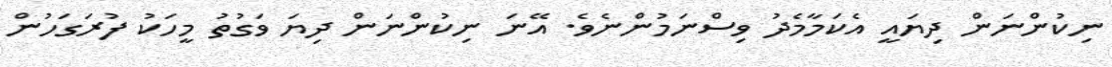
ނިކުންނަން ދިޔައީ އެކަމާމެދު ވިސްނަމުންނެވެ. އޭނަ ނިކުންނަން ދިޔަ ވަގުތު މީހަކު ފުރަގަހުން